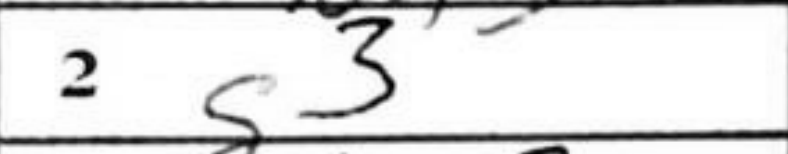
Transcription: g3